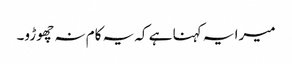
میرا یہ کہنا ہے کہ یہ کام نہ چھوڑو۔